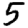
Digit: 5